Document type: Sale
Year: 1423
Scribe: Joan Franc
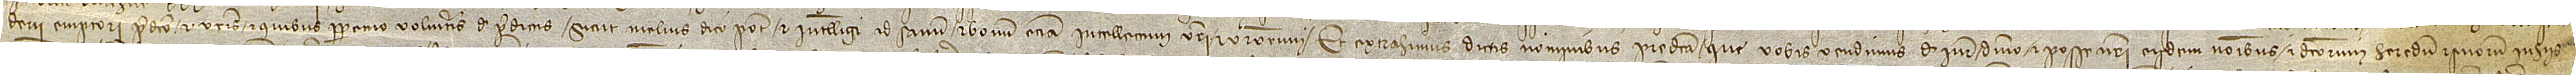
derii, emptori predicto, et vestris et quibus perpetuo volueritis de predictis, sicut melius dici potest et intelligi ad sanum et bonum etiam intellectum vestri et vestrorum. Et extrahimus dictis nominibus predicta que vobis vendimus de iure, dominio et posse nostri eisdem nominibus et dictorum heredum et suorum in hiis